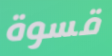
قسوة